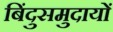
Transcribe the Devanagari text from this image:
बिंदुसमुदायों